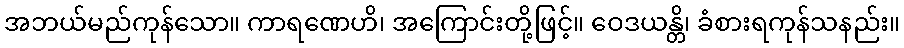
အဘယ်မည်ကုန်သော။ ကာရဏေဟိ၊ အကြောင်းတို့ဖြင့်။ ဝေဒယန္တိ၊ ခံစားရကုန်သနည်း။